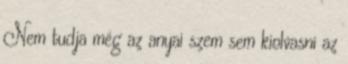
Nem tudja még az anyai szem sem kiolvasni az